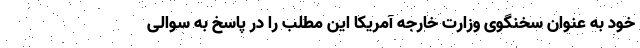
خود به عنوان سخنگوی وزارت خارجه آمریکا این مطلب را در پاسخ به سوالی